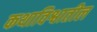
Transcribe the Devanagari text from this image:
कथाविश्वातील